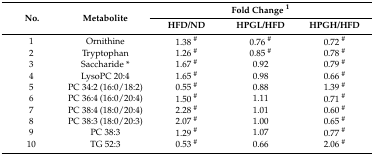
<table><thead><tr><td rowspan="2"><b>No.</b></td><td rowspan="2"><b>Metabolite</b></td><td colspan="3"><b>Fold Change <sup>1</sup></b></td></tr><tr><td><b>HFD/ND</b></td><td><b>HPGL/HFD</b></td><td><b>HPGH/HFD</b></td></tr></thead><tbody><tr><td>1</td><td>Ornithine</td><td>1.38 <sup>#</sup></td><td>0.76 <sup>#</sup></td><td>0.72 <sup>#</sup></td></tr><tr><td>2</td><td>Tryptophan</td><td>1.26 <sup>#</sup></td><td>0.85 <sup>#</sup></td><td>0.78 <sup>#</sup></td></tr><tr><td>3</td><td>Saccharide *</td><td>1.67 <sup>#</sup></td><td>0.92</td><td>0.79 <sup>#</sup></td></tr><tr><td>4</td><td>LysoPC 20:4</td><td>1.65 <sup>#</sup></td><td>0.98</td><td>0.66 <sup>#</sup></td></tr><tr><td>5</td><td>PC 34:2 (16:0/18:2)</td><td>0.55 <sup>#</sup></td><td>0.88</td><td>1.39 <sup>#</sup></td></tr><tr><td>6</td><td>PC 36:4 (16:0/20:4)</td><td>1.50 <sup>#</sup></td><td>1.11</td><td>0.71 <sup>#</sup></td></tr><tr><td>7</td><td>PC 38:4 (18:0/20:4)</td><td>2.28 <sup>#</sup></td><td>1.01</td><td>0.60 <sup>#</sup></td></tr><tr><td>8</td><td>PC 38:3 (18:0/20:3)</td><td>2.07 <sup>#</sup></td><td>1.00</td><td>0.65 <sup>#</sup></td></tr><tr><td>9</td><td>PC 38:3</td><td>1.29 <sup>#</sup></td><td>1.07</td><td>0.77 <sup>#</sup></td></tr><tr><td>10</td><td>TG 52:3</td><td>0.53 <sup>#</sup></td><td>0.66</td><td>2.06 <sup>#</sup></td></tr></tbody></table>